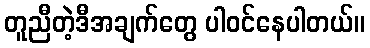
တူညီတဲ့ဒီအချက်တွေ ပါဝင်နေပါတယ်။